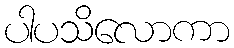
ပါပသိလောကာ